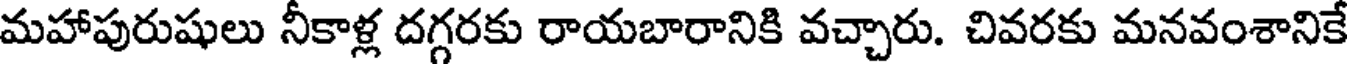
మహాపురుషులు నీకాళ్ల దగ్గరకు రాయబారానికి వచ్చారు. చివరకు మనవంశానికే